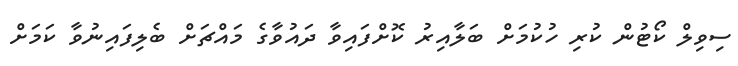
ސިވިލް ކޯޓުން ކުރި ހުކުމަށް ބަލާއިރު ކޮށްފައިވާ ދައުވާގެ މައްޗަށް ބެލިފައިނުވާ ކަމަށް